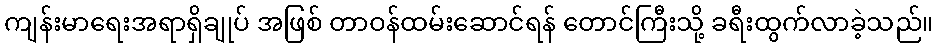
ကျန်းမာရေးအရာရှိချုပ် အဖြစ် တာဝန်ထမ်းဆောင်ရန် တောင်ကြီးသို့ ခရီးထွက်လာခဲ့သည်။